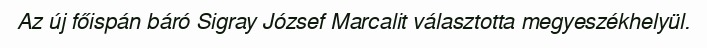
Az új főispán báró Sigray József Marcalit választotta megyeszékhelyül.